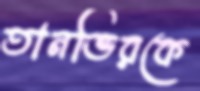
তানভিরকে